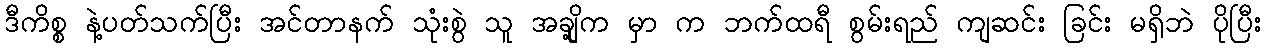
ဒီကိစ္စ နဲ့ပတ်သက်ပြီး အင်တာနက် သုံးစွဲ သူ အချို့က မှာ က ဘက်ထရီ စွမ်းရည် ကျဆင်း ခြင်း မရှိဘဲ ပိုပြီး